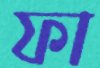
ফা